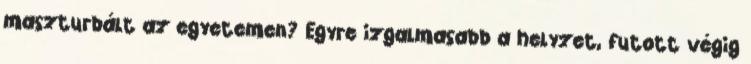
maszturbált az egyetemen? Egyre izgalmasabb a helyzet, futott végig